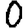
Digit: 0